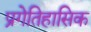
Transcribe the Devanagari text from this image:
प्रगेतिहासिक